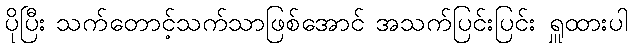
ပိုပြီး သက်တောင့်သက်သာဖြစ်အောင် အသက်ပြင်းပြင်း ရှူထားပါ